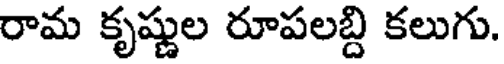
రామ కృష్ణుల రూపలబ్ది కలుగు.